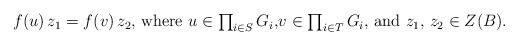
LaTeX: \begin{align*}\begin{minipage}[c]{35pc}$f(u)\,z_1=f(v)\,z_2,$ where $u\in\prod_{i\in S}G_i,$$v\in\prod_{i\in T}G_i,$ and $z_1,\,z_2\in Z(B).$\end{minipage}\end{align*}